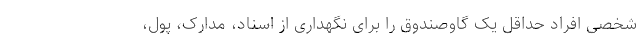
شخصی افراد حداقل یک گاوصندوق را برای نگهداری از اسناد، مدارک، پول،